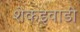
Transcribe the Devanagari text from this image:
शेकइवाडी